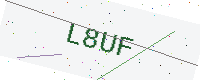
Text: L8UF